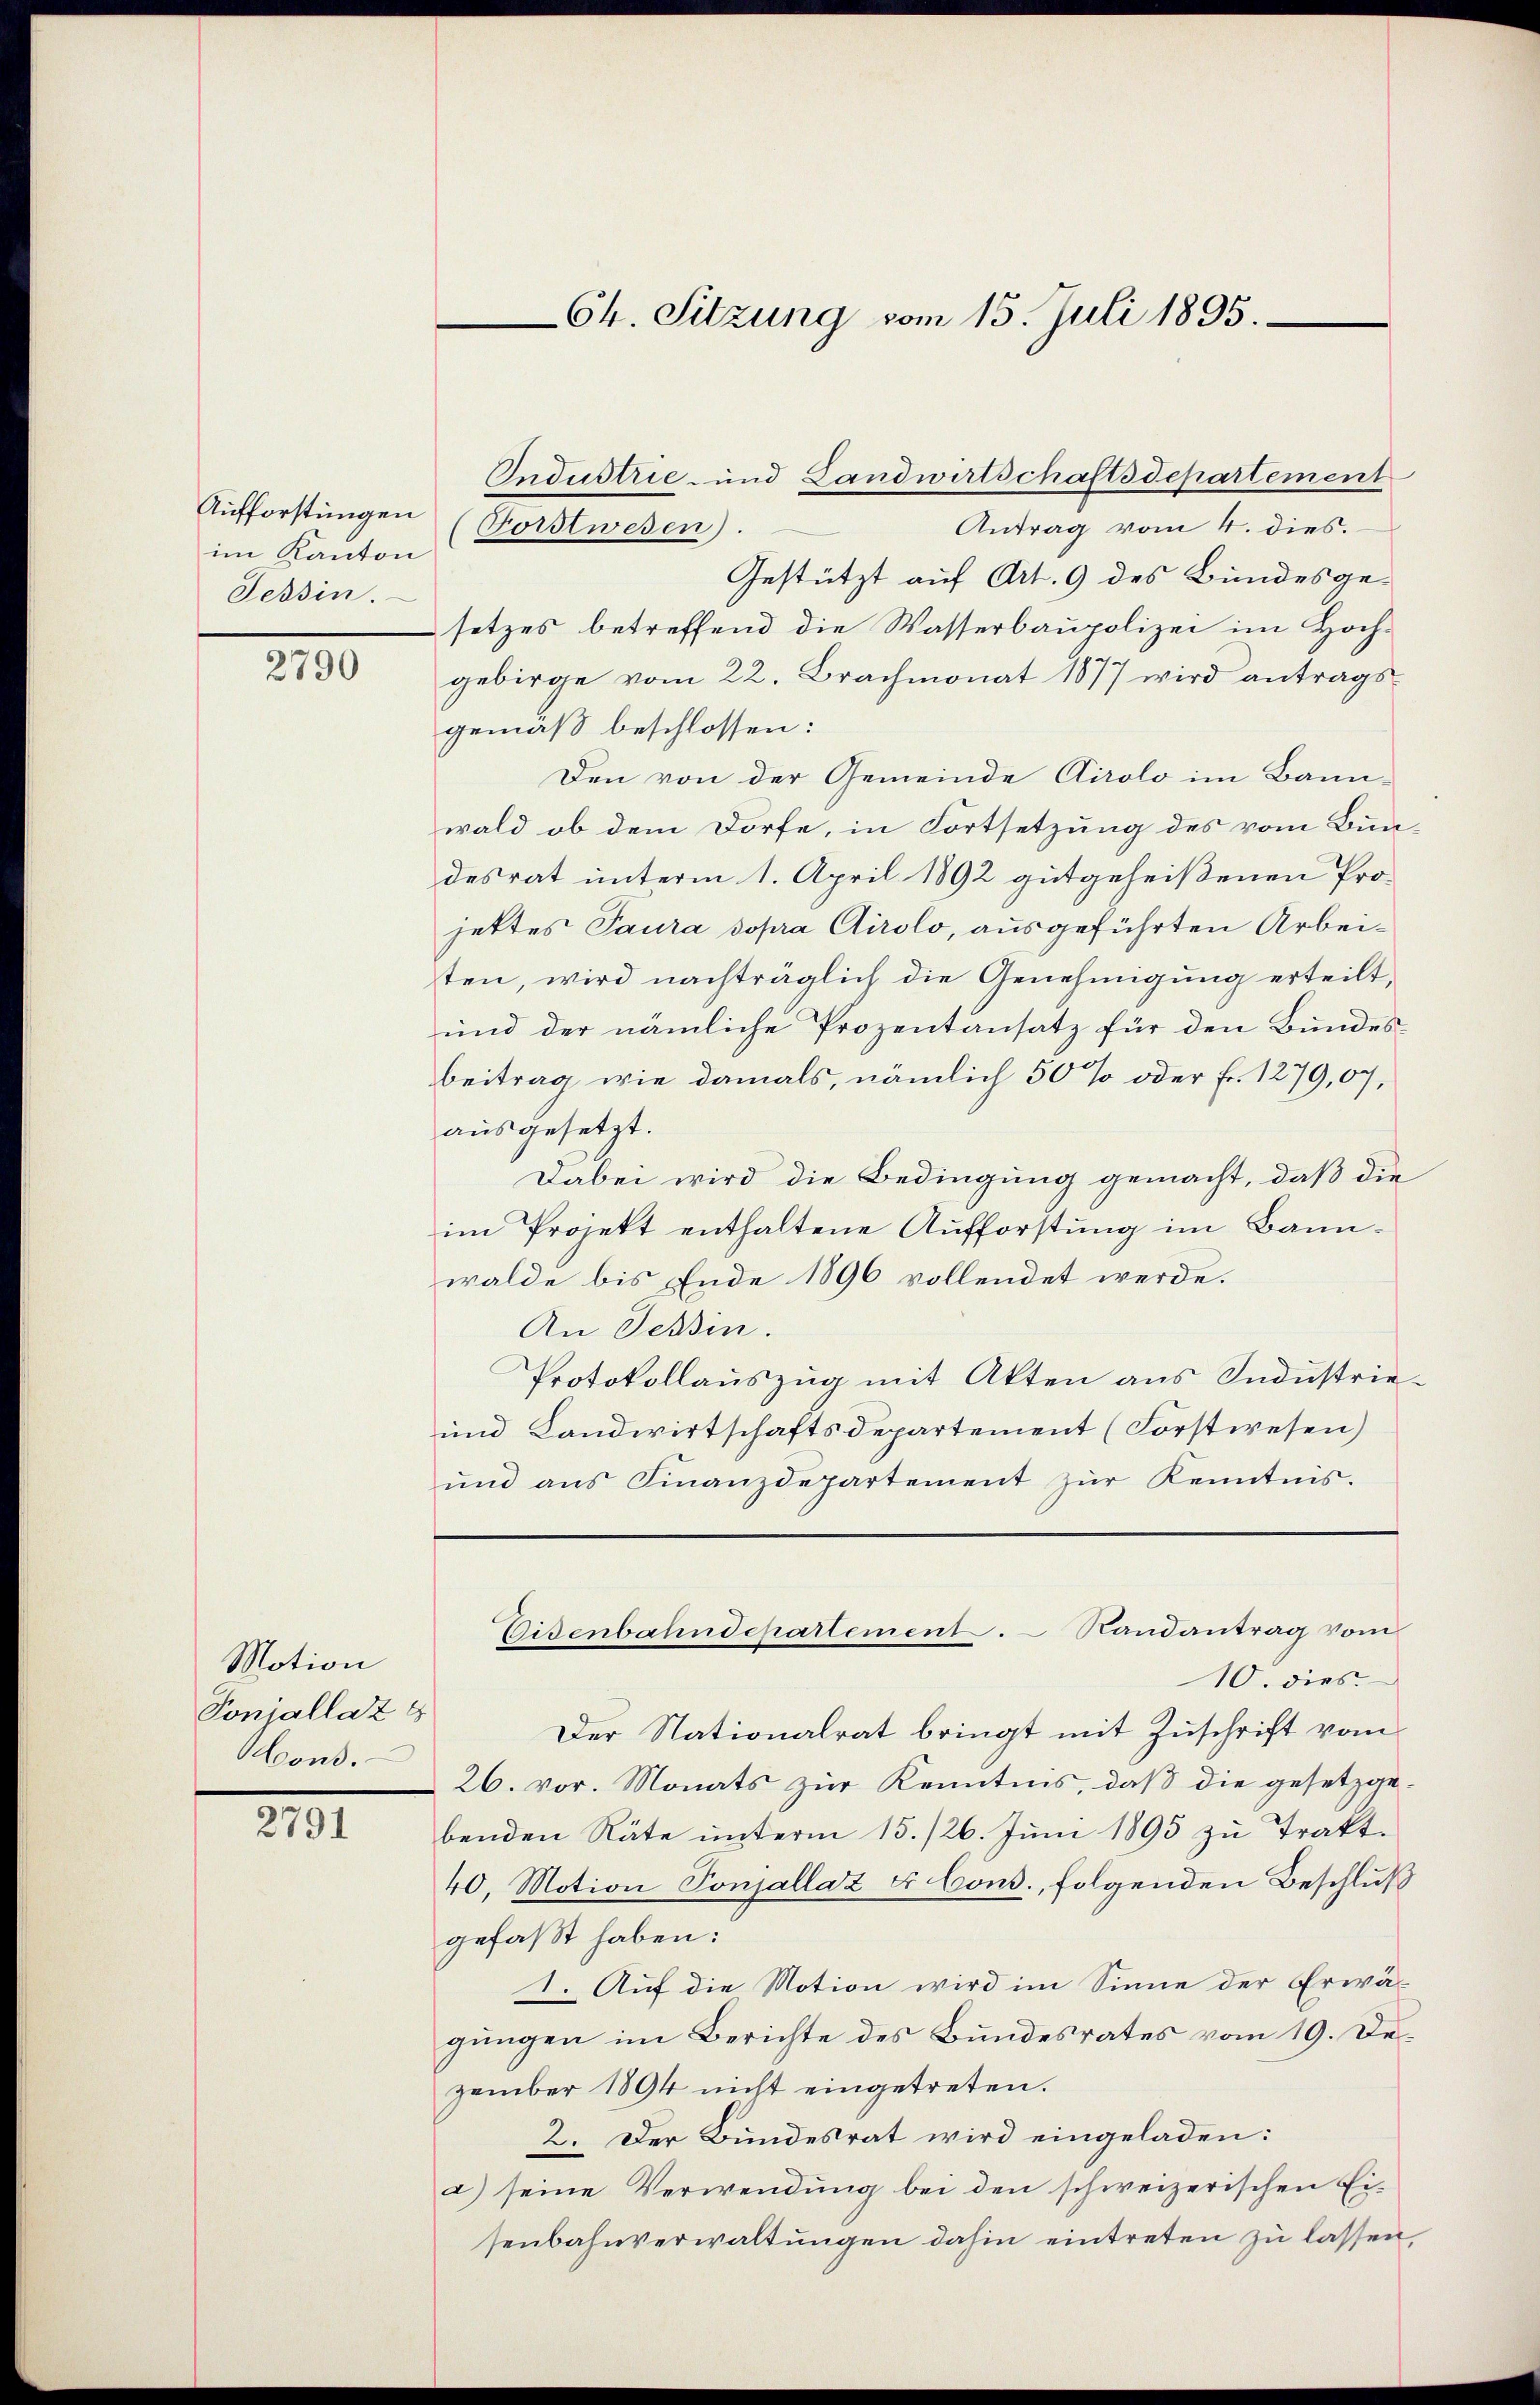
Aufforstungen
im Kanton
Tessin.

2790

Motion
Ponjallaz
ons.

2791

Ch. Sitzung vom 15. Juli 1895.

Antrag vom 4. dies.
Forstwesen)
Gestützt auf Art. 9 des Bundesgesetzes betreffend die Wasserbaupolizei im Hochgebirge vom 22. Brachmonat 1877 wird antrags-
gemäß beschlossen:
Den von der Gemeinde Airolo im Bann-
wald ob dem Dorfe, in Fortsetzung des vom Bundesrat unterm 1. April 1892 gutgeheißenen Projettes Paura sopra Airolo, ausgeführten Arbeiten, wird nachträglich die Genehmigung erteilt,
und der nämliche Prozentansatz für den Bundesbeitrag wie damals, nämlich 50 % oder Fr. 1279,07,
ausgesetzt.
Dabei wird die Bedingung gemacht, daß die
im Projekt enthaltene Aufforstung im Bannwalde bis Ende 1896 vollendet werde.
An Tessin.
Protokollauszug mit Akten aus Sndustrie¬
und Landwirtschaftsdepartement (Forstwesen)
ŭnd ans Finanzdepartement zŭr Kenntnis.
Eisenbahndepartement. Randantrag vom
10. dies
Der Nationalrat bringt mit Zuschrift vom
26. vor. Monats zur Kenntnis, daß die gesetzgebenden Räte ŭnterm 15./26. Juni 1895 zu Trakt-
40, Motion Ponjallaz 4 Cons., folgenden Beschluß
gefaßt haben:
1. Auf die Motion wird im Sinne der Erwä-
gungen im Berichte des Bundesrates vom 19. Dezember 1894 nicht eingetreten.
2. Der Bundesrat wird eingeladen:
a) seine Verwendŭng bei den schweizerischen Ei-
senbahnverwaltungen dahin eintreten zu lassen,

Industrie- und Landwirtschaftsdepartement